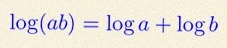
\log(ab)=\log a+\log b